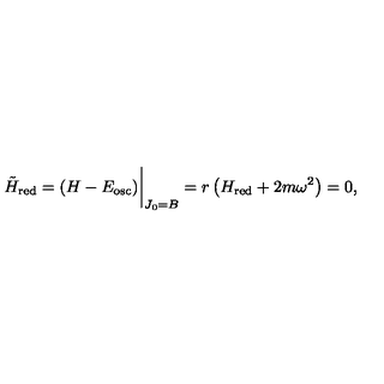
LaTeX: { \tilde { H } } _ { \mathrm { r e d } } = ( H - E _ { \mathrm { o s c } } ) \bigg \vert _ { J _ { 0 } = B } = r \left( H _ { \mathrm { r e d } } + 2 m \omega ^ { 2 } \right) = 0 ,